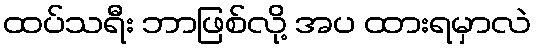
ထပ်သရီး ဘာဖြစ်လို့ အပ ထားရမှာလဲ